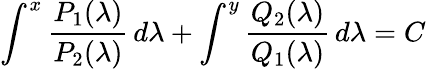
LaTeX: \int^{x}{\frac{P_{1}(\lambda)}{P_{2}(\lambda)}}\, d\lambda+\int^{y}{\frac{Q_{2}(\lambda)}{Q_{1}(\lambda)}}\, d\lambda=C\,